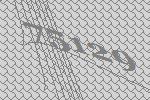
75129